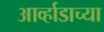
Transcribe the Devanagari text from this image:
आर्व्हाडाच्या